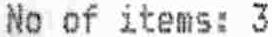
NO OF ITEMS: 3